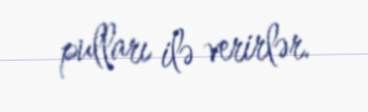
pulları ilə verirlər.